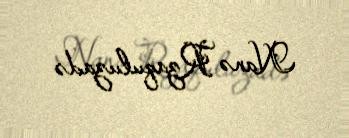
Nanə Rzaquluzadə